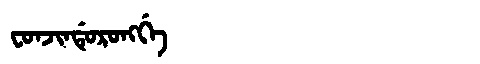
Manchu: ᠸᠣᠨᠵᡳᠨᡩᡠᡵᠣᠩᡤᡝ
Romanization: FONJINDURONGGE